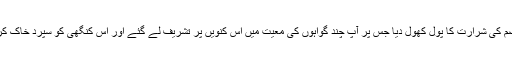
پانچویں یہکہ خدا تعالیٰ نے آپؐ کی ان دعاؤں کو سنا اور لَبِید بن الاعصَم کی شرارت کا پول کھول دیا جس پر آپؐ چند گواہوں کی معیت میں اس کنویں پر تشریف لے گئے اور اس کنگھی کو سپرد خاک کر دیا بلکہ کنویں تک کو پاٹ دیا تا کہ نہ رہے بانس نہ بجے بانسری۔